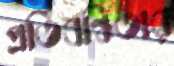
প্রতিবন্ধিতার